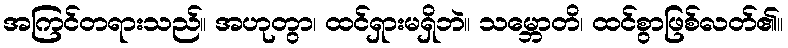
အကြင်တရားသည်။ အဟုတွာ၊ ထင်ရှားမရှိဘဲ။ သမ္ဘောတိ၊ ထင်စွာဖြစ်လတ်၏။